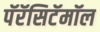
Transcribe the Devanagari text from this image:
पॅरॅसिटॅमॉल